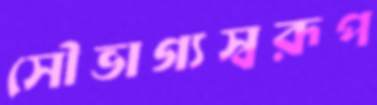
সৌভাগ্যস্বরূপ